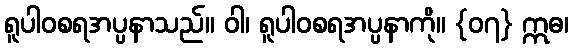
ရူပါဝစရအပ္ပနာသည်။ ဝါ၊ ရူပါဝစရအပ္ပနာကို။ {၀၇} ဣဓ၊